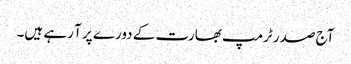
آج صدر ٹرمپ بھارت کے دورے پر آ رہے ہیں۔